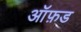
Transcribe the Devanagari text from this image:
आॅफ़ड